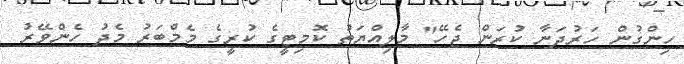
ހިންގުން ހަރުދަނާ ކުރަން ޖެހޭ" މާލިއްޔަތު ކޮމިޓީގެ ކުރީގެ މެމްބަރު މެދު ހެންވޭރު